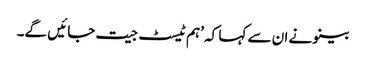
بینو نے ان سے کہا کہ ’ہم ٹیسٹ جیت جائیں گے۔